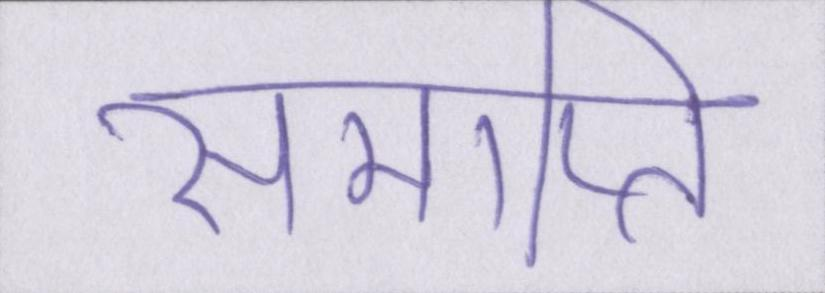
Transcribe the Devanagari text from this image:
समाप्ति